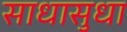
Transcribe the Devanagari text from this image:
साधासुधा